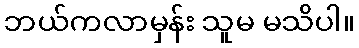
ဘယ်ကလာမှန်း သူမ မသိပါ။